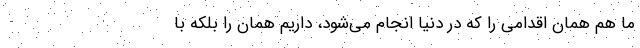
ما هم همان اقدامی را که در دنیا انجام می‌شود، داریم همان را بلکه با